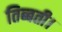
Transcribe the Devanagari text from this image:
तिब्बती।